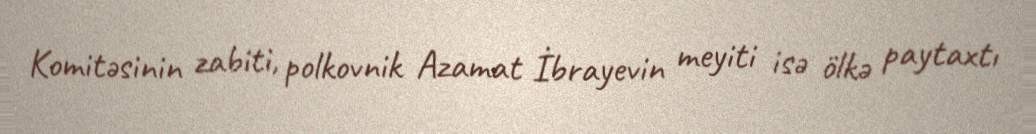
Komitəsinin zabiti, polkovnik Azamat İbrayevin meyiti isə ölkə paytaxtı